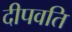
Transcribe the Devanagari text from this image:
दीपवति